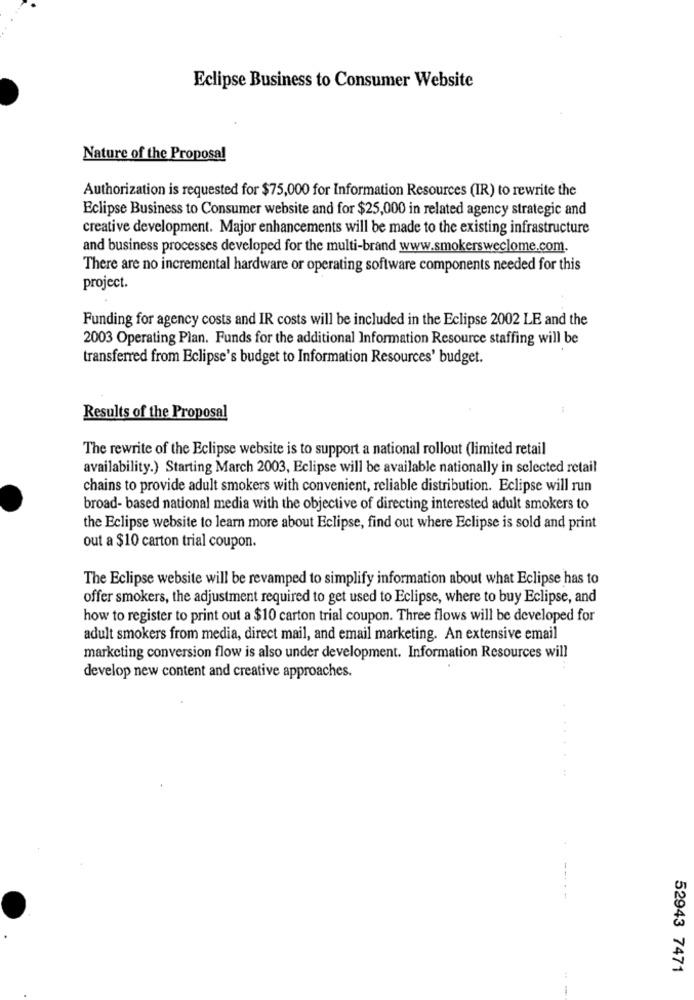
Eclipse Business to Consumer Website
Nature of the Proposal
Authorization is requested for $75,000 for Information Resources (IR) to rewrite the
Eclipse Business to Consumer website and for $25,000 in related agency strategic and
creative development. Major enhancements will be made to the existing infrastructure
and business processes developed for the multi-brand www.smokersweclome.com.
There are no incremental hardware or operating software components needed for this
project.
Funding for agency costs and IR costs will be included in the Eclipse 2002 LE and the
2003 Operating Plan. Funds for the additional Information Resource staffing will be
transferred from Eclipse's budget to Information Resources' budget.
Results of the Proposal
The rewrite of the Eclipse website is to support a national rollout (limited retail
availability.) Starting March 2003, Eclipse will be available nationally in selected retail
chains to provide adult smokers with convenient, reliable distribution. Eclipse will run
broad- based national media with the objective of directing interested adult smokers to
the Eclipse website to learn more about Eclipse, find out where Eclipse is sold and print
out a $10 carton trial coupon.
The Eclipse website will be revamped to simplify information about what Eclipse has to
offer smokers, the adjustment required to get used to Eclipse, where to buy Eclipse, and
how to register to print out a $10 carton trial coupon. Three flows will be developed for
adult smokers from media, direct mail, and email marketing. An extensive email
marketing conversion flow is also under development. Information Resources will
develop new content and creative approaches.
52943 7471
:
1